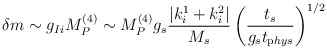
\begin{align*}\delta m \sim g_{Ii} M_P^{(4)} \sim M_P^{(4)} g_s \frac{\left|k^1_i +k^2_i\right|}{M_s} \left(\frac{t_s}{g_s t_{\mathrm phys}}\right)^{1/2}\end{align*}